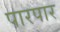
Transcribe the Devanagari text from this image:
पारपार